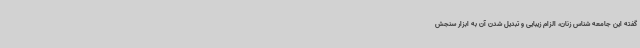
گفته این جامعه شناس زنان، الزام زیبایی و تبدیل شدن آن به ابزار سنجش